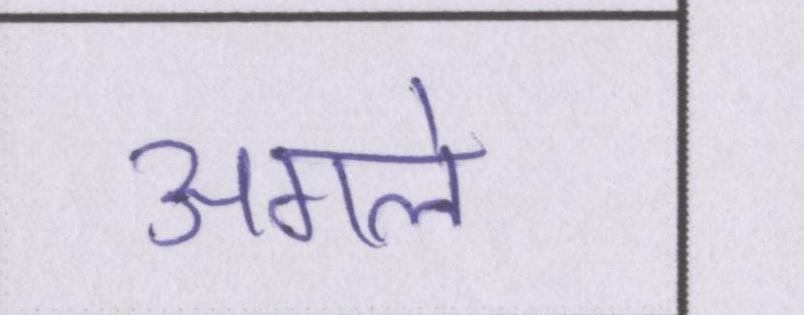
अगले